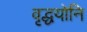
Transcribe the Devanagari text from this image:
वृद्धयोनि